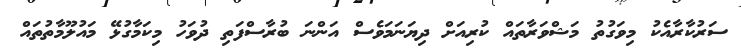
ސަރުކާރާއެކު މިވަގުތު މަޝްވަރާތައް ކުރިއަށް ދިޔަނަމަވެސް އަންނަ ބުރާސްފަތި ދުވަހު މިކަމާގުޅޭ މައުލޫމާތުތައް